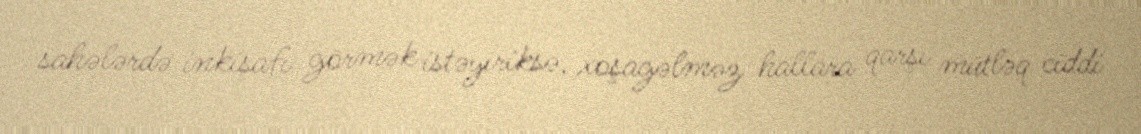
sahələrdə inkişafı görmək istəyiriksə, xoşagəlməz hallara qarşı mütləq ciddi